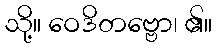
သို့။ ဝေဒိတဗ္ဗော၊ ၏။